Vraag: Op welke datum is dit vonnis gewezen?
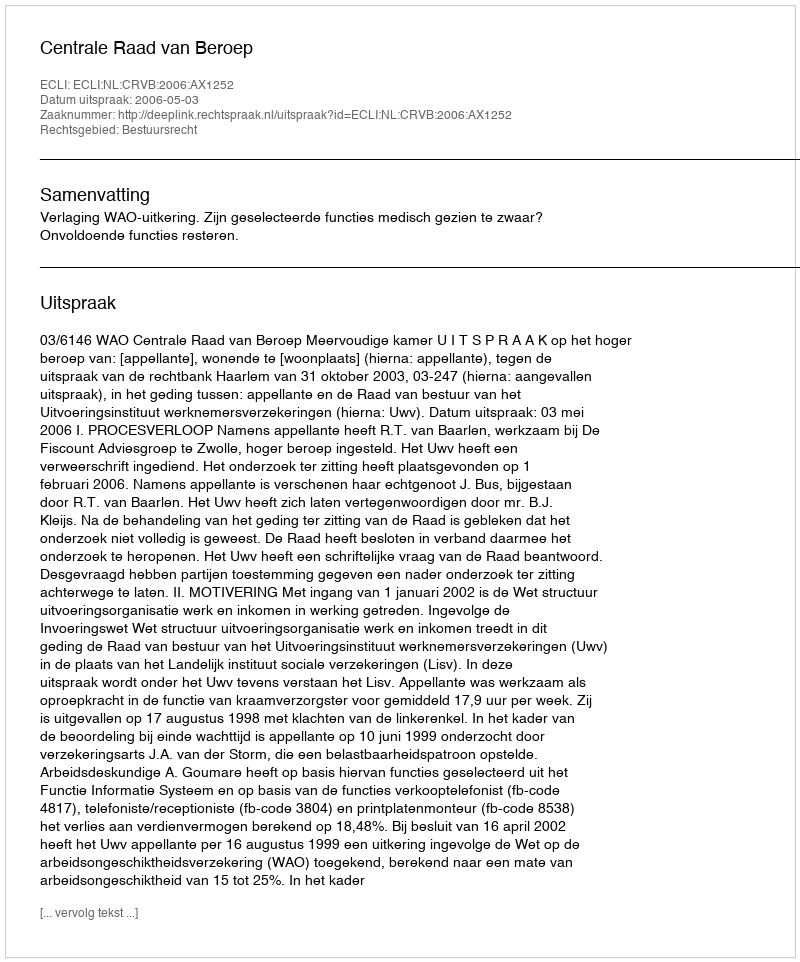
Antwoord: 2006-05-03